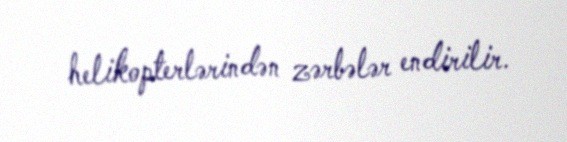
helikopterlərindən zərbələr endirilir.